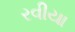
રવીયા